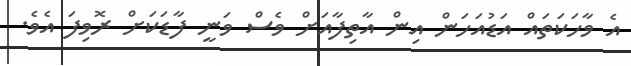
އެ ވާހަކަތައް އަޑުއަހަން އިން އާތިފާއަށް ވެސް ވަނީ ފާޑަކަށް ރޮވިފަ އެވެ.